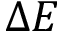
\Delta E